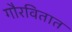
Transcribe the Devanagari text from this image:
गौरवितात